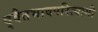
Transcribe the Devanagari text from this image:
द्वैतभावपरित्यागी